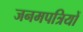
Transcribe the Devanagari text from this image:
जनमपत्रियों